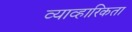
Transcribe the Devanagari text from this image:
व्याव्हारिकता